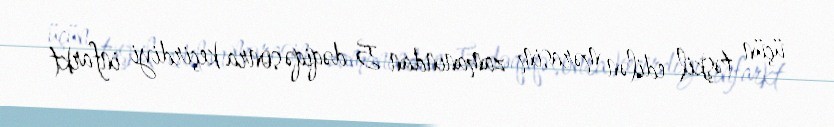
üçün təşkil edilən mərasim zamanından 5 dəqiqə sonra keçirdiyi infarkt